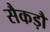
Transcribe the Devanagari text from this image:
सैकड़ौ